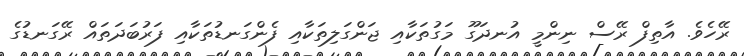
ރޭހެވެ. އާތިފް ރޭސް ނިންމީ އުނދަގޫ މަގުތަކާއި ޖަންގަލިތަކާއި ފެންގަނޑުތަކާއި ފަރުބަދަތައް ރޭގަނޑުގެ